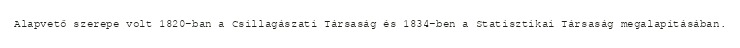
Alapvető szerepe volt 1820-ban a Csillagászati Társaság és 1834-ben a Statisztikai Társaság megalapításában.